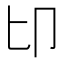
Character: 𠨐